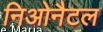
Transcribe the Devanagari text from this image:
निओनैटल